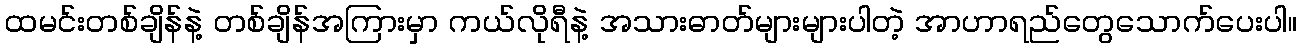
ထမင်းတစ်ချိန်နဲ့ တစ်ချိန်အကြားမှာ ကယ်လိုရီနဲ့ အသားဓာတ်များများပါတဲ့ အာဟာရည်တွေသောက်ပေးပါ။